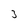
Character: 3